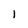
Character: l